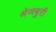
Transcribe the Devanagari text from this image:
श्रेव्स्बुरी